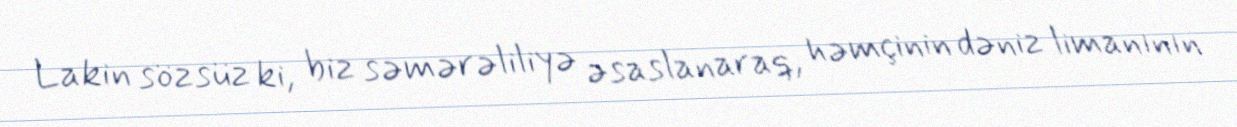
Lakin sözsüz ki, biz səmərəliliyə əsaslanaraq, həmçinin dəniz limanının